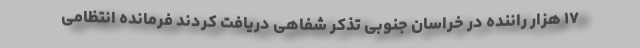
۱۷ هزار راننده در خراسان جنوبی تذکر شفاهی دریافت کردند فرمانده انتظامی